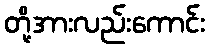
တို့အားလည်းကောင်း